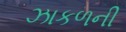
ઝાકળની